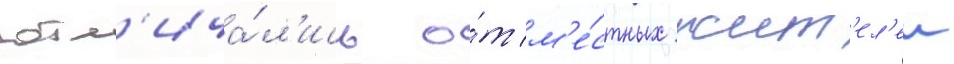
отл'ича́л'ись о́т м'е́стных жит'ел'еи